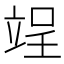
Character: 𮄰